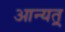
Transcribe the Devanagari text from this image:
आन्यत्र्